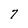
Character: 7